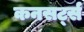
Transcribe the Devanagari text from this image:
कनसर्ट्स